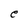
Character: e